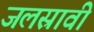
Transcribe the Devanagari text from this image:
जलस्रावी